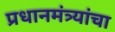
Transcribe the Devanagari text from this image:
प्रधानमंत्र्यांचा